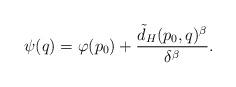
LaTeX: \begin{align*}\psi(q)=\varphi(p_0)+\frac{\tilde{d}_H(p_0, q)^\beta}{\delta^\beta}.\end{align*}